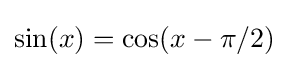
\sin(x)=\cos(x-\pi /2)